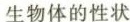
生物体的性状